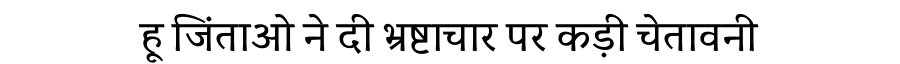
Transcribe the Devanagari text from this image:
हू जिंताओ ने दी भ्रष्टाचार पर कड़ी चेतावनी